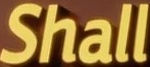
Shall